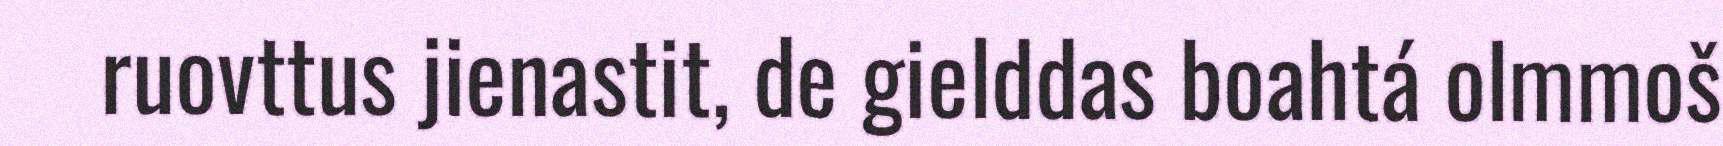
ruovttus jienastit, de gielddas boahtá olmmoš